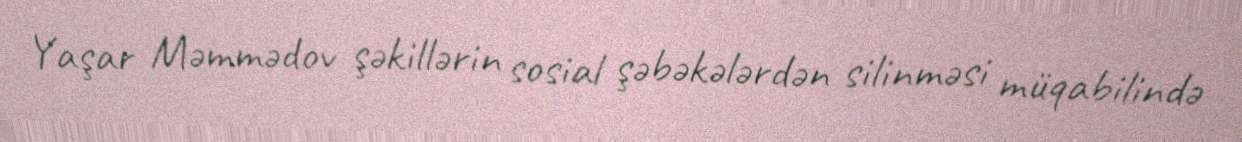
Yaşar Məmmədov şəkillərin sosial şəbəkələrdən silinməsi müqabilində